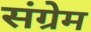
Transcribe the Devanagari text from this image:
संग्रेम